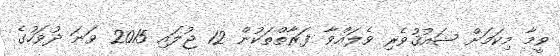
ވީމާ މިކަމަށް ޝައުޤުވެރި ވެލައްވާ ފަރާތްތަކުން 12 ޖުލައި 2015 ވަނަ ދުވަހުގެ